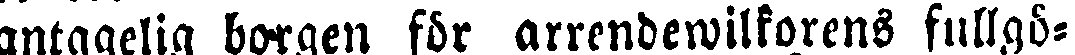
antagelig borgen för arrendewilkorens fullgö-